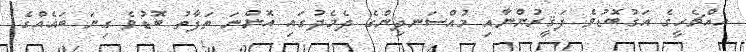
އެއްޗެހީގެ އަގުބޮޑުވެ ފަޤީރުންނާއި މުއްސަނދިންގެ ދެމެދުގައި އޮންނަ ތަފާތު ބޮޑުވެ ގިނަ ބައެއްގެ